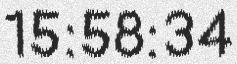
15:58:34